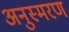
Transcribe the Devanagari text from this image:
अनुस्मरण